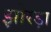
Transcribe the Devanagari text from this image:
झोरड़ा